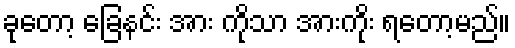
ခုတော့ ခြေနင်း အား ကိုသာ အားကိုး ရတော့မည်။